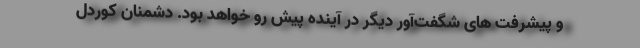
و پیشرفت های شگفت‌آور دیگر در آینده پیش رو خواهد بود. دشمنان کوردل